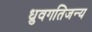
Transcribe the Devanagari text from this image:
ध्रुवगतिजन्य